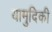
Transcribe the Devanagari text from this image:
यामुदिकी